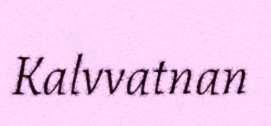
Kalvvatnan